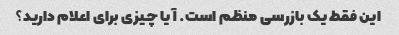
این فقط یک بازرسی منظم است. آیا چیزی برای اعلام دارید؟